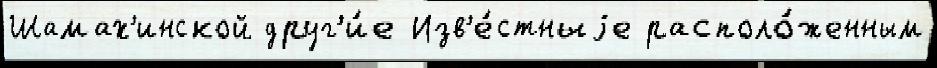
Шамах'инской друг'и́е Изв'е́стныjе располо́женным